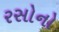
રસોનો